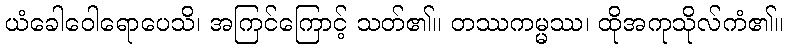
ယံခေါဝေါရောပေသိ၊ အကြင်ကြောင့် သတ်၏။ တဿကမ္မဿ၊ ထိုအကုသိုလ်ကံ၏။